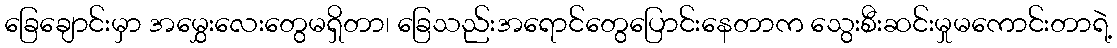
ခြေချောင်းမှာ အမွှေးလေးတွေမရှိတာ၊ ခြေသည်းအရောင်တွေပြောင်းနေတာက သွေးစီးဆင်းမှုမကောင်းတာရဲ့